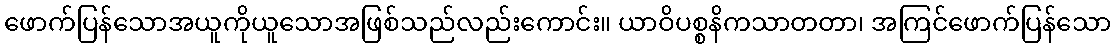
ဖောက်ပြန်သောအယူကိုယူသောအဖြစ်သည်လည်းကောင်း။ ယာဝိပစ္စနိကသာတတာ၊ အကြင်ဖောက်ပြန်သော